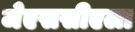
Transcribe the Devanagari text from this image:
जेएससीएला